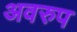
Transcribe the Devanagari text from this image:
अवरुप